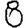
Digit: 8